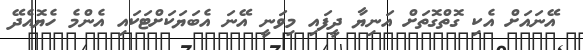
އޭނައަށް އެކި ގޮތްގޮތަށް އަނިޔާ ދީފައި މިވަނީ އޭނަ އެބަޔަކަށްޓަކައި އެންމެ ހެޔޮއެދޭ